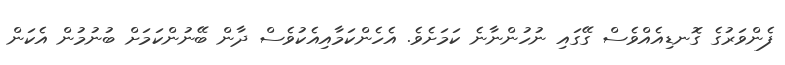
ފެންވަރުގެ ގޮނޑިއެއްވެސް ގޭގައި ނުހުންނާނެ ކަމަށެވެ. އެހެންކަމާއިއެކުވެސް ދާން ބޭނުންކަމަށް ބުނުމުން އެކަން